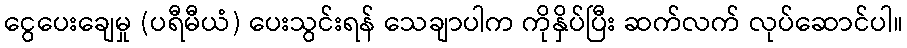
ငွေပေးချေမှု (ပရီမီယံ) ပေးသွင်းရန် သေချာပါက ကိုနှိပ်ပြီး ဆက်လက် လုပ်ဆောင်ပါ။